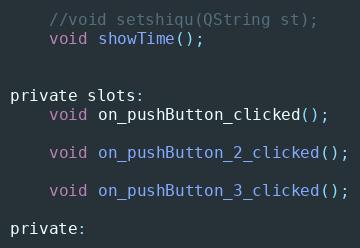
Language: C
    //void setshiqu(QString st);
    void showTime();

private slots:
    void on_pushButton_clicked();

    void on_pushButton_2_clicked();

    void on_pushButton_3_clicked();

private: